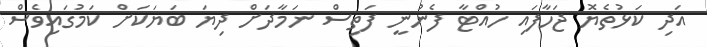
އަދި ކަޅުތެޔޮ ޖަހާފައި ހުއްޓާ ފެނުނީ ފަތިސް ނަމާދަށް ދިޔަ ބަޔަކަށް ކަމުގައިވެސް